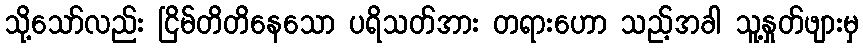
သို့သော်လည်း ငြိမ်တိတိနေသော ပရိသတ်အား တရားဟော သည့်အခါ သူ့နှုတ်ဖျားမှ